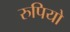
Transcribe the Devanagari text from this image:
रुपियो